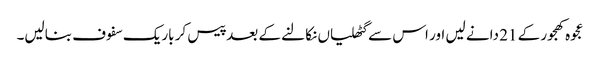
عجوہ کھجور کے 21 دانے لیں اور اس سے گٹھلیاں نکالنے کے بعد پیس کر باریک سفوف بنالیں۔